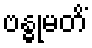
ဗန္ဓုမတိံ